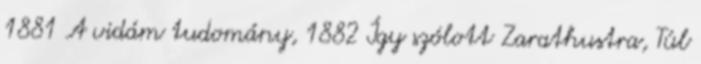
1881 A vidám tudomány, 1882 Így szólott Zarathustra, Túl